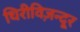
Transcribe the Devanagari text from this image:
थिरीविज़न्दूर